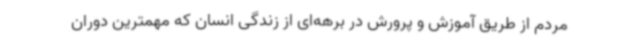
مردم از طریق آموزش و پرورش در برهه‌ای از زندگی انسان که مهمترین دوران